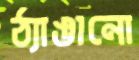
ঠ্যাঙানো